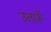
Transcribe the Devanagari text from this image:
उतारूँ